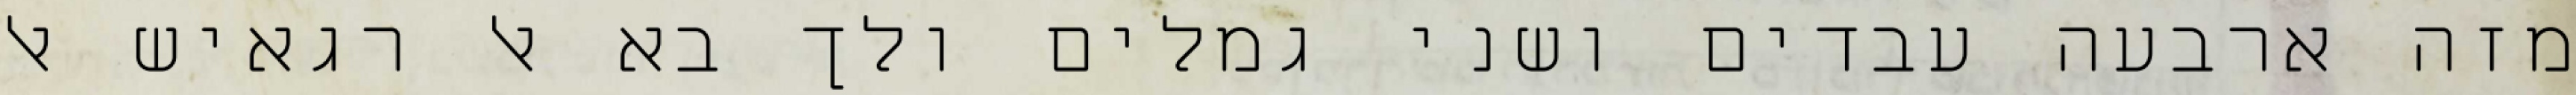
מזה ארבעה עבדים ושני גמלים ולך בא אל רגאיש אל